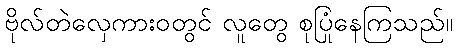
ဗိုလ်တဲလှေကားဝတွင် လူတွေ စုပြုံနေကြသည်။